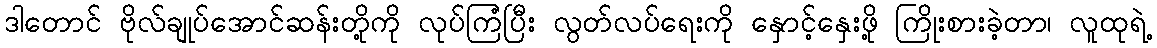
ဒါတောင် ဗိုလ်ချုပ်အောင်ဆန်းတို့ကို လုပ်ကြံပြီး လွတ်လပ်ရေးကို နှောင့်နှေးဖို့ ကြိုးစားခဲ့တာ၊ လူထုရဲ့